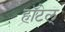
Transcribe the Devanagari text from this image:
हॉटेल्